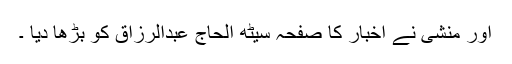
اور منشی نے اخبار کا صفحہ سیٹھ الحاج عبدالرزاق کو بڑھا دیا ۔